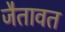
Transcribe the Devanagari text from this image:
जैतावत